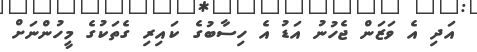
އަދި އެ ވަޒަން ޖެހުނު އަޑު އެ ހިސާބުގެ ކައިރި ގެތަކުގެ މީހުންނަށް